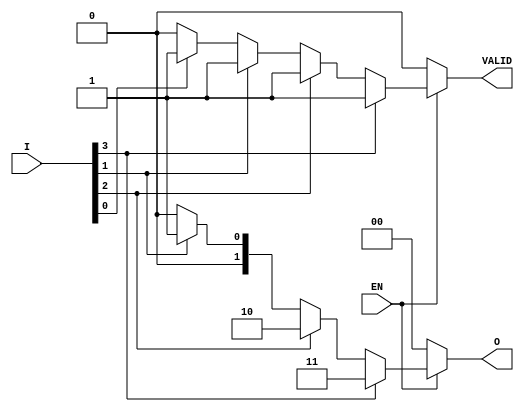
module priority_encoder (
    input wire [3:0] I,    // 4 one-hot encoded inputs
    input wire EN,         // Enable input
    output reg [1:0] O,    // 2-bit binary output
    output reg VALID       // Output indicating if any input is active
);

always @(*) begin
    if (EN) begin
        case (1'b1)
            I[3]: begin
                O = 2'b11; // Output for I3
                VALID = 1'b1;
            end
            I[2]: begin
                O = 2'b10; // Output for I2
                VALID = 1'b1;
            end
            I[1]: begin
                O = 2'b01; // Output for I1
                VALID = 1'b1;
            end
            I[0]: begin
                O = 2'b00; // Output for I0
                VALID = 1'b1;
            end
            default: begin
                O = 2'b00; // Default output when no inputs are active
                VALID = 1'b0; // No active input
            end
        endcase
    end else begin
        O = 2'b00; // Default output when not enabled
        VALID = 1'b0; // No active input
    end
end

endmodule